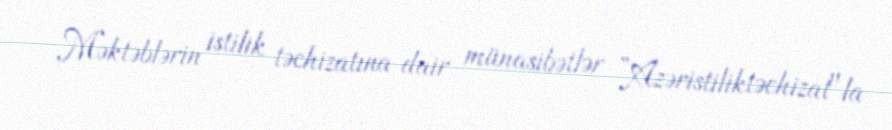
Məktəblərin istilik təchizatına dair münasibətlər ”Azəristiliktəchizat"la